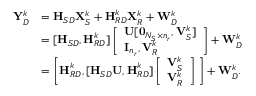
\begin{array} { r l } { { \mathbf Y } _ { D } ^ { k } } & { = { \textbf H } _ { S D } { \mathbf X } _ { S } ^ { k } + { \textbf H } _ { R D } ^ { k } { \mathbf X } _ { R } ^ { k } + { \mathbf W } _ { D } ^ { k } } \\ & { = [ { \textbf H } _ { S D } , { \textbf H } _ { R D } ^ { k } ] \left[ \begin{array} { l } { { \mathbf U } [ \mathbf { 0 } _ { N _ { S } \times n _ { r } } , { \mathbf V } _ { S } ^ { k } ] } \\ { { \mathbf I } _ { n _ { r } } , { \mathbf V } _ { R } ^ { k } } \end{array} \right] + { \mathbf W } _ { D } ^ { k } } \\ & { = \Bigg [ { \textbf H } _ { R D } ^ { k } , [ { \textbf H } _ { S D } { \mathbf U } , { \textbf H } _ { R D } ^ { k } ] \left[ \begin{array} { l } { { \mathbf V } _ { S } ^ { k } } \\ { { \mathbf V } _ { R } ^ { k } } \end{array} \right] \Bigg ] + { \mathbf W } _ { D } ^ { k } . } \end{array}